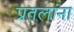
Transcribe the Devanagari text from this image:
प्रतलांना